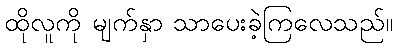
ထိုလူကို မျက်နှာ သာပေးခဲ့ကြလေသည်။